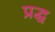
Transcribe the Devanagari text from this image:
प्रद्ध